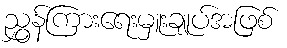
ညွှန်ကြားရေးမှူးချုပ်အဖြစ်